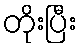
တိုးပြီး